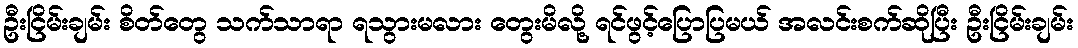
ဦးငြိမ်းချမ်း စိတ်တွေ သက်သာရာ ရသွားမလား တွေးမိလို့ ရင်ဖွင့်ပြောပြမယ် အလင်းစက်ဆိုပြီး ဦးငြိမ်းချမ်း